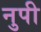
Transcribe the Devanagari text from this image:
नुपी